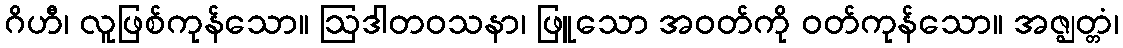
ဂိဟီ၊ လူဖြစ်ကုန်သော။ ဩဒါတဝသနာ၊ ဖြူသော အဝတ်ကို ဝတ်ကုန်သော။ အဇ္ဈတ္တံ၊